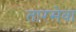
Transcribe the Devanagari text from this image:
तारसेवा